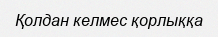
Қолдан келмес қорлыққа